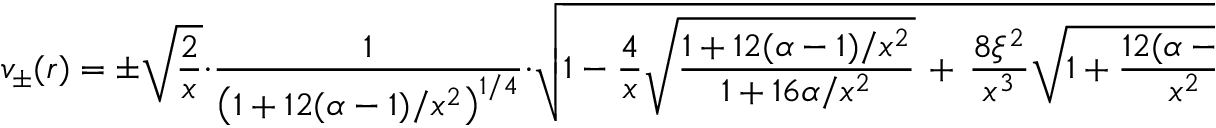
v _ { \pm } ( r ) = \pm \sqrt { \frac { 2 } { x } } \cdot \frac { 1 } { \left( 1 + 1 2 ( \alpha - 1 ) / x ^ { 2 } \right) ^ { 1 / 4 } } \cdot \sqrt { 1 - \frac { 4 } { x } \sqrt { \frac { 1 + 1 2 ( \alpha - 1 ) / x ^ { 2 } } { 1 + 1 6 \alpha / x ^ { 2 } } } \, + \, \frac { 8 \xi ^ { 2 } } { x ^ { 3 } } \sqrt { 1 + \frac { 1 2 ( \alpha - 1 ) } { x ^ { 2 } } } } \, - \, \frac { 4 \xi } { x ^ { 2 } } ,